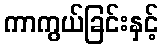
ကာကွယ်ခြင်းနှင့်